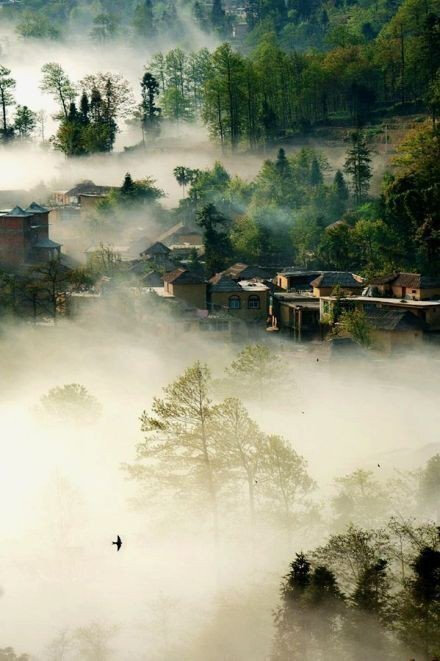
孤村芳草远，斜日杏花飞。